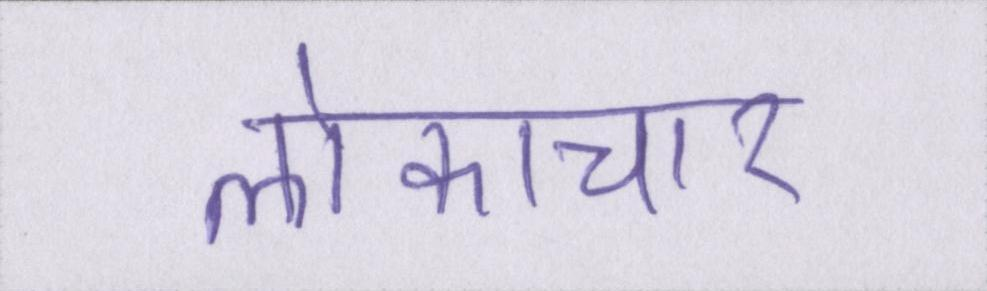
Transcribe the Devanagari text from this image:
लोकाचार